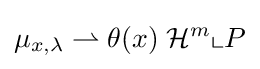
\mu _{x,\lambda }\rightharpoonup \theta (x)\;{\mathcal {H}}^{m}\llcorner P